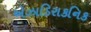
એઝાડિરાકનિક